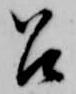
召